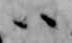
ハ